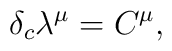
\delta_c \lambda^\mu = C^\mu,